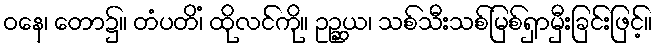
ဝနေ၊ တော၌။ တံပတိံ၊ ထိုလင်ကို။ ဥဉ္ဆယ၊ သစ်သီးသစ်မြစ်ရှာမှီးခြင်းဖြင့်။